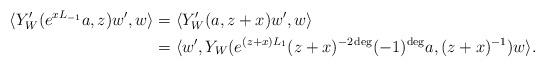
LaTeX: \begin{align*} \langle Y'_{W}(e^{xL_{-1}}a,z)w',w\rangle &=\langle Y'_{W}(a,z+x)w',w\rangle\\ &=\langle w',Y_{W}(e^{(z+x)L_{1}}(z+x)^{-2\deg}(-1)^{\deg}a,(z+x)^{-1})w\rangle.\end{align*}